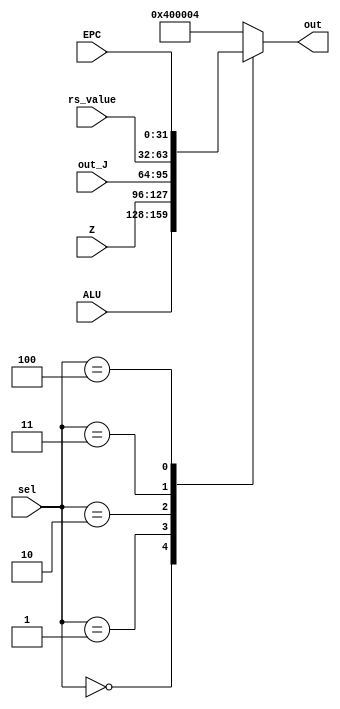
module PCMUX(
	input [31:0]ALU,
	input [31:0]Z,
	input [31:0]out_J,
	input [31:0]rs_value,
	input [31:0]EPC,
	input [2:0]sel,
	output reg[31:0]out
);
	/*
	 * 000 ALU
	 * 001 Z
	 * 010 out_J
	 * 011 rs_value
	 * 100 EPC
	 * else 0x4
	 */
	always @(*) begin
		case(sel)
			3'b000: out = ALU;
			3'b001: out = Z;
			3'b010: out = out_J;
			3'b011: out = rs_value;
			3'b100: out = EPC;
			default: out = 32'h00400004;
		endcase
	end
endmodule

module SaverMUX(
	input [31:0]DMEM,
	input [31:0]CP0_out,
	input sel,
	output [31:0]out
);
	/*
	 * 0 CP0_out
	 * 1 DMEM
	 */
	assign out = sel? DMEM: CP0_out;
endmodule

module RegFileAddrMUX(
	input [4:0]rs,
	input [4:0]rt,
	input [4:0]rd,
	input [1:0]sel,
	output reg [4:0]out
);
	/*
	 * 00 rs
	 * 01 rt
	 * 10 rd
	 * 11 $31
	 */
	always @(*) begin
		case(sel)
			2'b00: out = rs;
			2'b01: out = rt;
			2'b10: out = rd;
			2'b11: out = 5'd31;
		endcase
	end
endmodule

module RegFileDataMUX(
	input [31:0]Z,
	input [31:0]SignExt8,
	input [31:0]ZeroExt8,
	input [31:0]SignExt16,
	input [31:0]ZeroExt16,
	input [31:0]Saver,
	input [31:0]PC,
	input [31:0]CLZ_result,
	input [31:0]HI,
	input [31:0]LO,
	input [31:0]MDU_r2,
	input [3:0]sel,
	output reg [31:0]out
);
	/*
	 * 0000 Z
	 * 0001 SignExt8
	 * 0010 ZeroExt8
	 * 0011 SignExt16
	 * 0100 ZeroExt16
	 * 0101 Saver
	 * 0110 PC
	 * 0111 CLZ_result
	 * 1000 HI
	 * 1001 LO
	 * 1010 MDU_r2
	 */
	always @(*) begin
	 	case(sel)
	 		4'b0000: out = Z;
	 		4'b0001: out = SignExt8;
	 		4'b0010: out = ZeroExt8;
	 		4'b0011: out = SignExt16;
	 		4'b0100: out = ZeroExt16;
	 		4'b0101: out = Saver;
	 		4'b0110: out = PC;
	 		4'b0111: out = CLZ_result;
	 		4'b1000: out = HI;
	 		4'b1001: out = LO;
	 		4'b1010: out = MDU_r2;
	 		default: out = 32'bx;
	 	endcase
	end
endmodule

module SignExt16MUX(
	input [15:0]imm16,
	input [15:0]Saver,
	input sel,
	output [15:0]out
);
	/*
	 * 0 Saver
	 * 1 imm16
	 */
	assign out = sel? imm16: Saver;
endmodule

module ZeroExt16MUX(
	input [15:0]imm16,
	input [15:0]Saver,
	input sel,
	output [15:0]out
);
	/*
	 * 0 Saver
	 * 1 imm16
	 */
	assign out = sel? imm16: Saver;
endmodule

module HIMUX(
	input [31:0]rs_value,
	input [31:0]MDU_r1,
	input sel,
	output [31:0]out
);
	/*
	 * 0 MDU_r1
	 * 1 rs_value
	 */
	assign out = sel? rs_value: MDU_r1;
endmodule

module LOMUX(
	input [31:0]rs_value,
	input [31:0]MDU_r2,
	input sel,
	output [31:0]out
);
	/*
	 * 0 MDU_r2
	 * 1 rs_value
	 */
	assign out = sel? rs_value: MDU_r2;
endmodule

module ALUAMUX(
	input [31:0]PC,
	input [31:0]rs_value,
	input [31:0]ZeroExt5,
	input [1:0]sel,
	output reg [31:0]out
);
	/*
	 * 00 PC
	 * 01 rs_value
	 * 10 ZeroExt5
	 */
	always @(*) begin
		case(sel)
			2'b00: out = PC;
			2'b01: out = rs_value;
			2'b10: out = ZeroExt5;
			2'b11: out = 32'bx;
		endcase
	end
endmodule

module ALUBMUX(
	input [31:0]SignExt16,
	input [31:0]ZeroExt16,
	input [31:0]rt_value,
	input [31:0]SignExt18,
	input [2:0]sel,
	output reg [31:0]out
);
	/*
	 * 000 SignExt16
	 * 001 ZeroExt16
	 * 010 rt_value
	 * 011 SignExt18
	 * 100 4
	 */
	always @(*) begin
		case(sel)
			3'b000: out = SignExt16;
			3'b001: out = ZeroExt16;
			3'b010: out = rt_value;
			3'b011: out = SignExt18;
			3'b100: out = 32'd4;
			default: out = 32'bx;
		endcase
	end
endmodule

module DMEMMUX(
	input [31:0]out_8,
	input [31:0]out_16,
	input [31:0]rt_value,
	input [1:0]sel,
	output reg [31:0]out
);
	/*
	 * 00 out_8
	 * 01 out_16
	 * 10 rt_value
	 */
	always @(*) begin
		case(sel)
			2'b00: out = out_8;
			2'b01: out = out_16;
			2'b10: out = rt_value;
			default: out = 32'bx;
		endcase
	end
endmodule